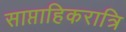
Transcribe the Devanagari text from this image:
साप्ताहिकरात्रि